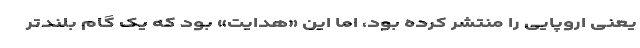
یعنی اروپایی را منتشر کرده بود، اما این «هدایت» بود که یک گام بلندتر